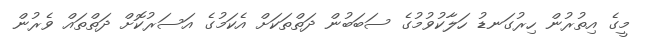
މީގެ އިތުރުން ހިރުގަނޑު ހަލާކުވުމުގެ ސަބަބުން ދަތްތަކަށް އެކަމުގެ އަސަރުކޮށް ދަތްތައް ވެރުން